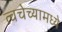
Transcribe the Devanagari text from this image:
त्वचेच्यामध्ये